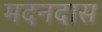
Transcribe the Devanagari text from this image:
मदनदास